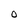
Character: O